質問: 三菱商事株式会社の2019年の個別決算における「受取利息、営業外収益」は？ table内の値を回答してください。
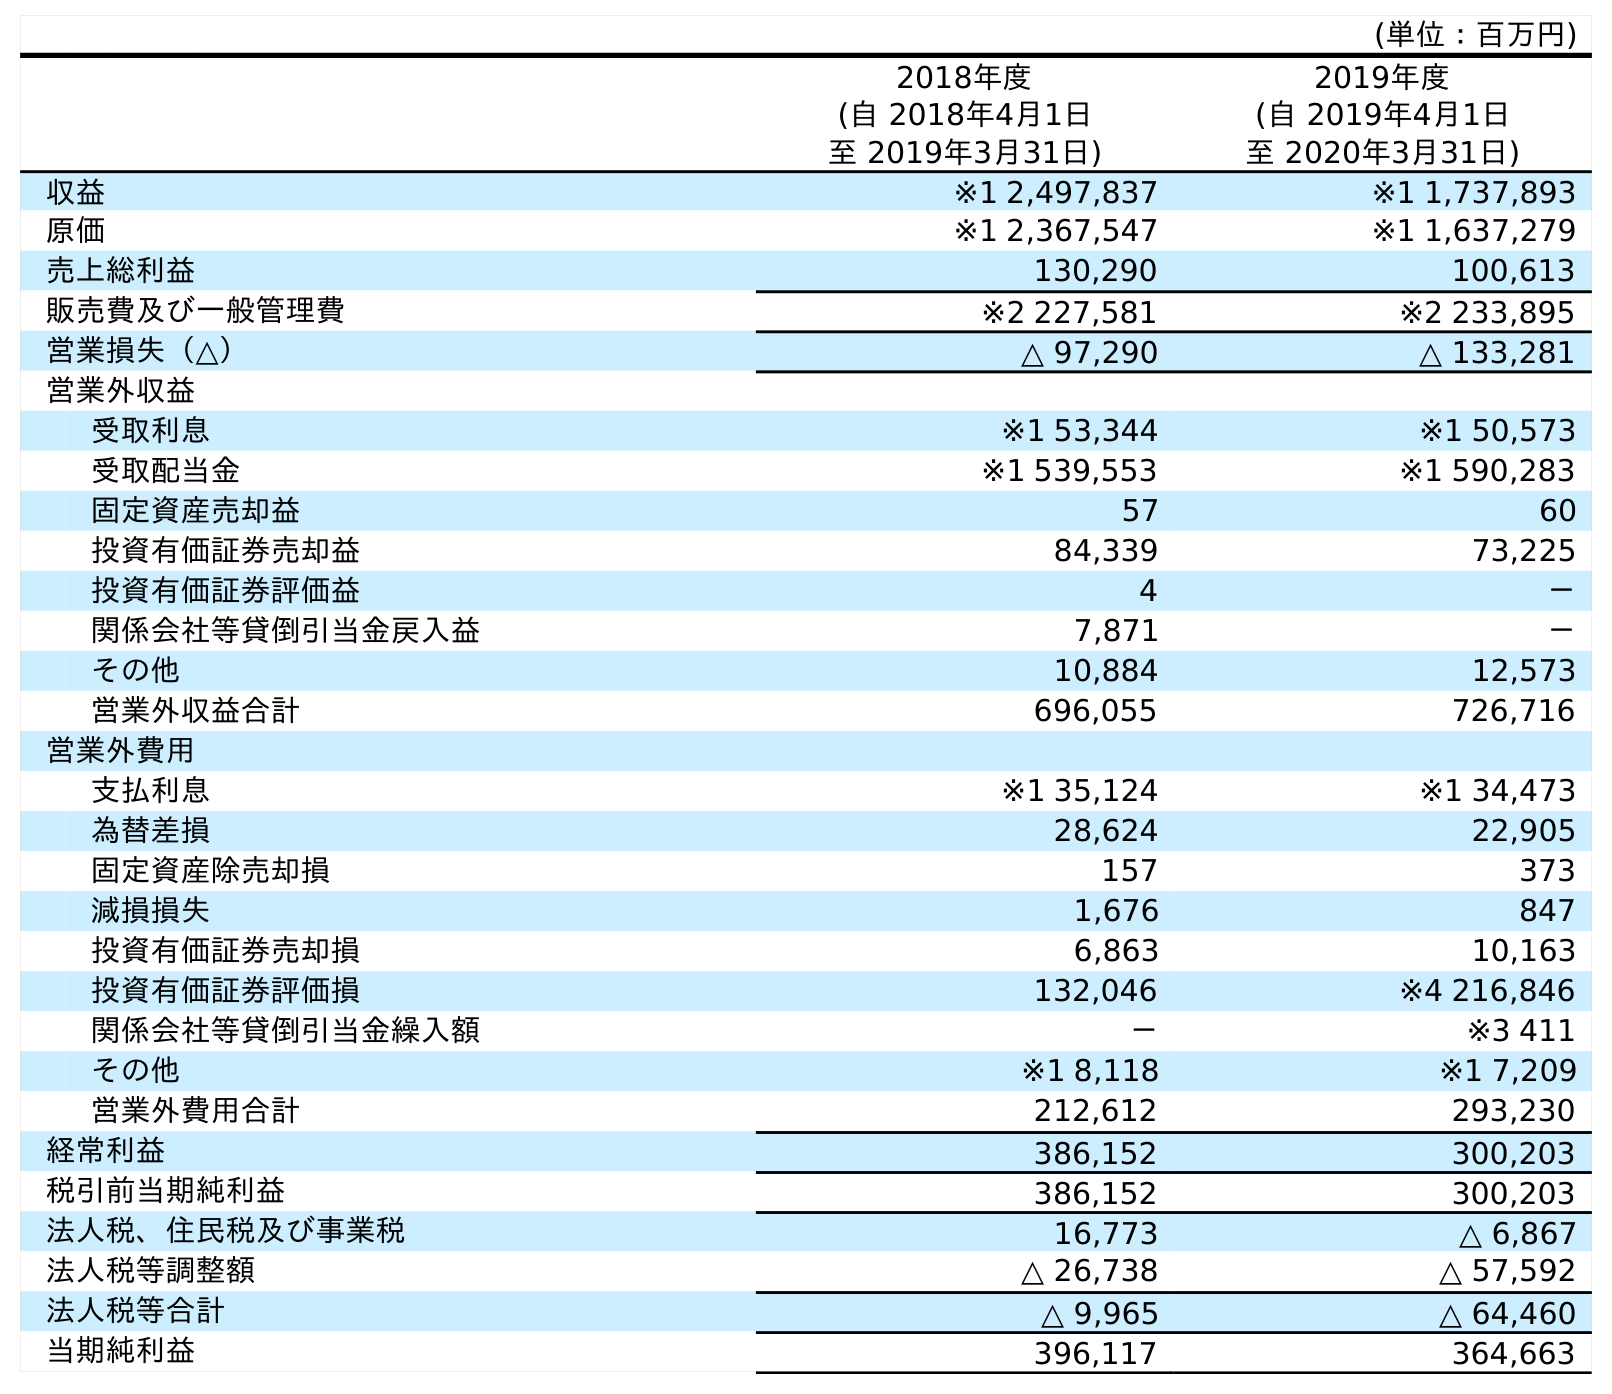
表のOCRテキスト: (単位：百万円) 2018年度 (自 2018年4月1日 至 2019年3月31日) 2019年度 (自 2019年4月1日 至 2020年3月31日) 収益 ※1 2,497,837 ※1 1,737,893 原価 ※1 2,367,547 ※1 1,637,279 売上総利益 130,290 100,613 販売費及び一般管理費 ※2 227,581 ※2 233,895 営業損失（△） △ 97,290 △ 133,281 営業外収益 受取利息 ※1 53,344 ※1 50,573 受取配当金 ※1 539,553 ※1 590,283 固定資産売却益 57 60 投資有価証券売却益 84,339 73,225 投資有価証券評価益 4 － 関係会社等貸倒引当金戻入益 7,871 － その他 10,884 12,573 営業外収益合計 696,055 726,716 営業外費用 支払利息 ※1 35,124 ※1 34,473 為替差損 28,624 22,905 固定資産除売却損 157 373 減損損失 1,676 847 投資有価証券売却損 6,863 10,163 投資有価証券評価損 132,046 ※4 216,846 関係会社等貸倒引当金繰入額 － ※3 411 その他 ※1 8,118 ※1 7,209 営業外費用合計 212,612 293,230 経常利益 386,152 300,203 税引前当期純利益 386,152 300,203 法人税、住民税及び事業税 16,773 △ 6,867 法人税等調整額 △ 26,738 △ 57,592 法人税等合計 △ 9,965 △ 64,460 当期純利益 396,117 364,663
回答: ※153,344